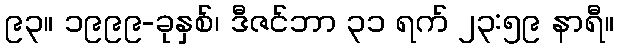
၉၃။ ၁၉၉၉-ခုနှစ်၊ ဒီဇင်ဘာ ၃၁ ရက် ၂၃:၅၉ နာရီ။